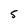
Character: 5